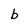
Character: b